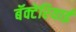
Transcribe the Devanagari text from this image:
बॅक्टेरियाई